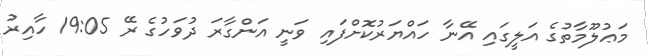
މަޢުލޫމާތުގެ އަލީގައި އޭނާ ހައްޔަރުކޮށްފައި ވަނީ އަންގާރަ ދުވަހުގެ ރޭ 19:05 ހާއިރު